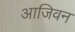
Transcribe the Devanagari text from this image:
आजिवन